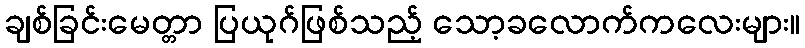
ချစ်ခြင်းမေတ္တာ ပြယုဂ်ဖြစ်သည့် သော့ခလောက်ကလေးများ။